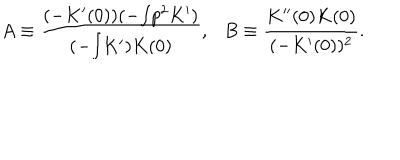
A \equiv \frac { ( - K ^ { \prime } ( 0 ) ) ( - { \textstyle \int } p ^ { 2 } K ^ { \prime } ) } { ( - { \textstyle \int } K ^ { \prime } ) K ( 0 ) } , \ \ \ B \equiv \frac { K ^ { \prime \prime } ( 0 ) K ( 0 ) } { ( - K ^ { \prime } ( 0 ) ) ^ { 2 } } .